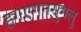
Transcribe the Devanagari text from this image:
हगएगनसुगलु